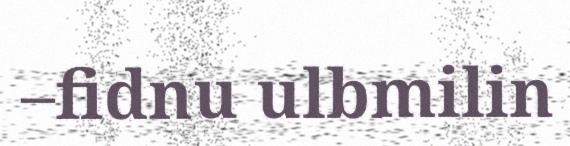
–fidnu ulbmilin